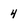
Character: 4